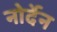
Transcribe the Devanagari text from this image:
नोर्देन